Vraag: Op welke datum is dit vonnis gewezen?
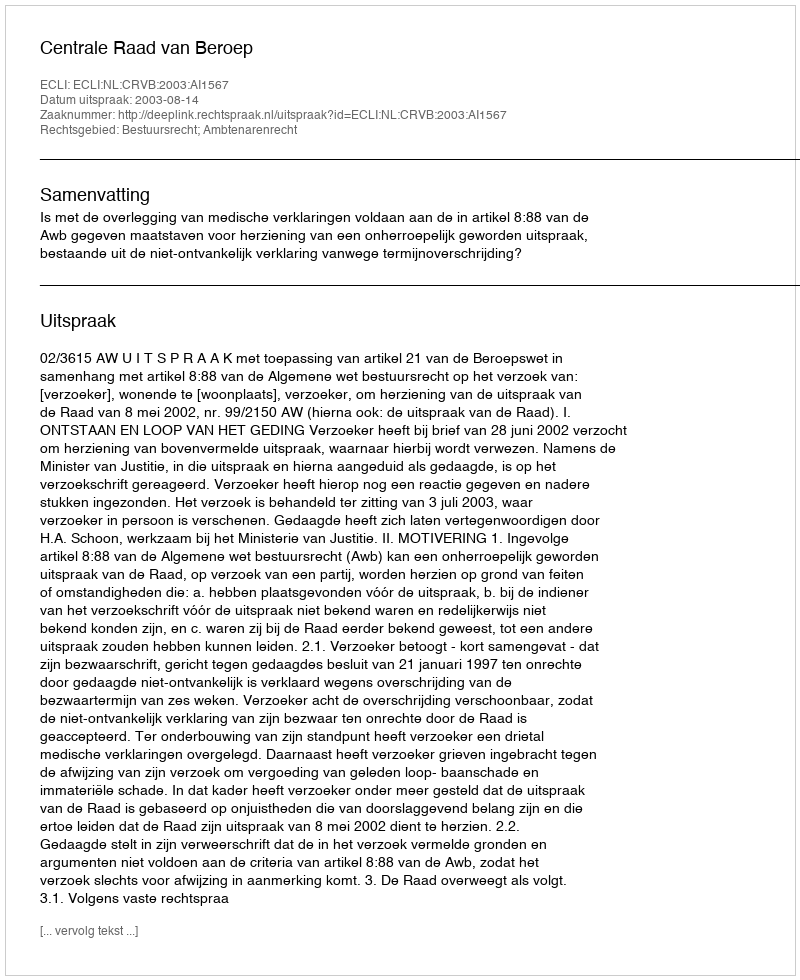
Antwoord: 2003-08-14